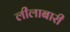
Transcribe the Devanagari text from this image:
लीलाबारी